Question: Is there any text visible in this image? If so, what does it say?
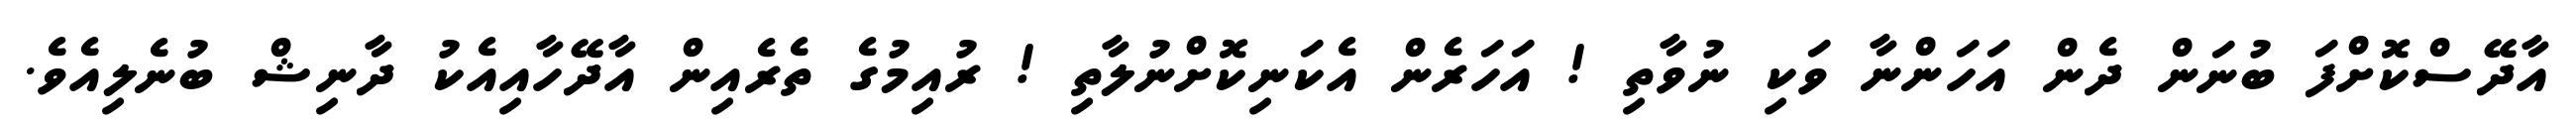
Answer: އާދޭސްކޮށްފަ ބުނަން ދެން އަހަންނާ ވަކި ނުވާތި ! އަހަރެން އެކަނިކޮށްނުލާތި ! ރުއިމުގެ ތެރެއިން އާދޭހާއިއެކު ދާނިޝް ބުނެލިއެވެ.